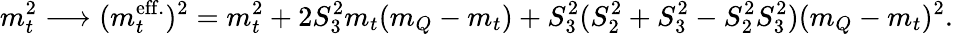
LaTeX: m_{t}^{2}\longrightarrow(m_{t}^{\mathrm{eff.}})^{2}=m_{t}^{2}+2S_{3}^{2}m_{t}(m_{Q}-m_{t})+S_{3}^{2}(S_{2}^{2}+S_{3}^{2}-S_{2}^{2}S_{3}^{2})(m_{Q}-m_{t})^{2}.